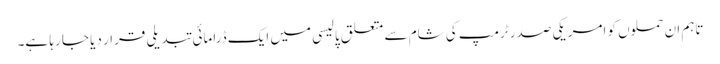
تاہم ان حملوں کو امریکی صدر ٹرمپ کی شام سے متعلق پالیسی میں ایک ڈرامائی تبدیلی قرار دیا جا رہا ہے۔